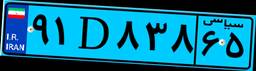
۸۴D۳۰۹۸۶